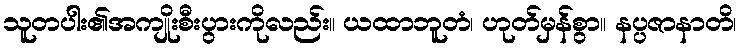
သူတပါး၏အကျိုးစီးပွားကိုလည်း။ ယထာဘူတံ၊ ဟုတ်မှန်စွာ။ နပ္ပဇာနာတိ၊